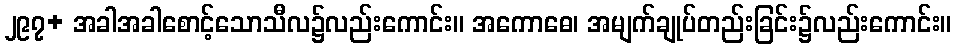
၂၉၇+ အခါအခါစောင့်သောသီလ၌လည်းကောင်း။ အကောဓေ၊ အမျက်ချုပ်တည်းခြင်း၌လည်းကောင်း။